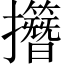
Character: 𢹽